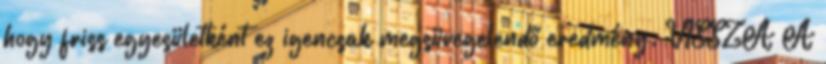
hogy friss egyesületként ez igencsak megsüvegelendő eredmény. VISSZA A